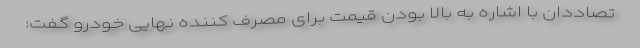
تصاددان با اشاره به بالا بودن قیمت برای مصرف کننده نهایی خودرو گفت: